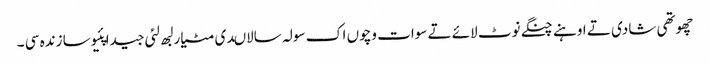
چھوتھی شادی تے اوہنے چنگے نوٹ لائے تے سوات وچوں اک سولہ سالاںدی مٹیار لبھ لئی جیدا پئیوسا زندہ سی ۔